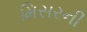
મિસરની